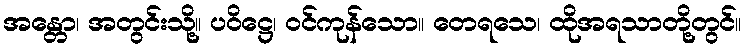
အန္တော၊ အတွင်းသို့။ ပဝိဋ္ဌေ၊ ဝင်ကုန်သော။ တေရသေ၊ ထိုအရသာတို့တွင်။